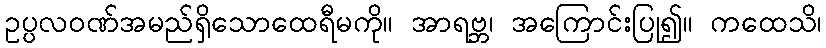
ဥပ္ပလဝဏ်အမည်ရှိသောထေရီမကို။ အာရဗ္ဘ၊ အကြောင်းပြု၍။ ကထေသိ၊